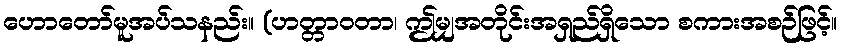
ဟောတော်မူအပ်သနည်း။ (ဟတ္တာဝတာ၊ ဤမျှအတိုင်းအရှည်ရှိသော စကားအစဉ်ဖြင့်။